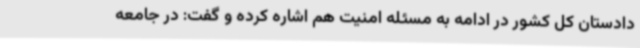
دادستان کل کشور در ادامه به مسئله امنیت هم اشاره کرده و گفت: در جامعه